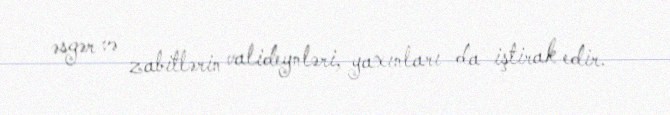
əsgər və zabitlərin valideynləri, yaxınları da iştirak edir.